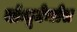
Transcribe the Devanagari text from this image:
मॉन्यूमेन्टोस